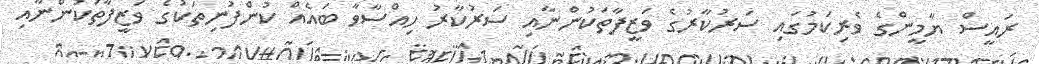
ރައީސް ޔާމީންގެ ވެރިކަމުގައި ސަރުކާރުގެ ވަޒީފާތަކުންނާއި ސަރުކާރު ހިއްސާވާ ބައެއް ކުންފުނިތަކުގެ ވަޒީފާތަކުންނާއި